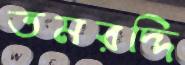
তমরদ্দি